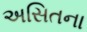
અસિતના